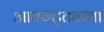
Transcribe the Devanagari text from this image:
आतबट्ट्याचा